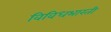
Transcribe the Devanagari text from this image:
विविधभारती